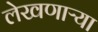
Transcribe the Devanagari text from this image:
लेखणाऱ्या